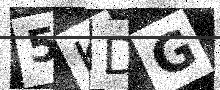
Text: 5KDG